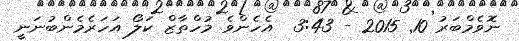
ނޮވެމްބަރު 10